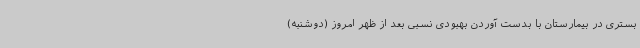
بستری در بیمارستان با بدست آوردن بهبودی نسبی بعد از ظهر امروز (دوشنبه)